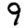
Digit: 9